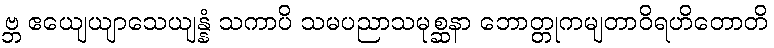
ဗ္ဘ ဧယျေယျာသေယျန္နံ သကာပိ သမပညာသမုစ္ဆနာ ဘောတ္တုကမျတာဝိရဟိတောတိ